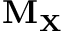
\mathbf { M } _ { \mathbf { X } }